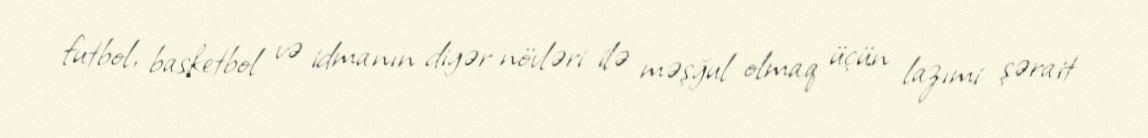
futbol, basketbol və idmanın digər növləri ilə məşğul olmaq üçün lazımi şərait